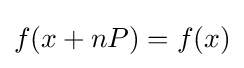
f(x+nP)=f(x)